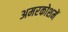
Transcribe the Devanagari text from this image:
अमरकोशमें